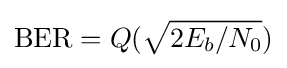
\operatorname {BER} =Q({\sqrt {2E_{b}/N_{0}}})